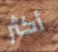
أكثر